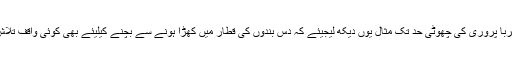
پاکستان میں اقربا پروری کی چھوٹی حد تک مثال یوں دیکھ لیجیئے کہ دس بندوں کی قطار میں کھڑا ہونے سے بچنے کیلیئے بھی کوئی واقف تلاش کیا جاتا ہے۔